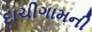
દાચીગામની